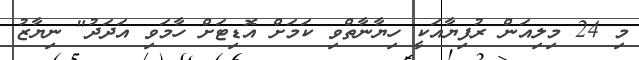
މި 24 މިލިއަން ރުފިޔާއަކީ ހިޔާނާތްވި ކަމަށް އޮޑިޓަށް ހާމަވި އަދަދު" ނިޔާޒު